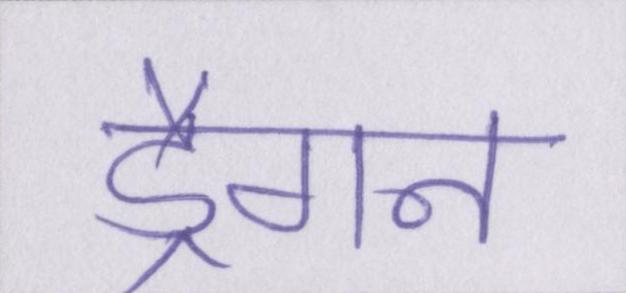
ड्रैगन